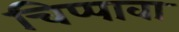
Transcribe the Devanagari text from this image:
चिप्पावा